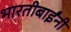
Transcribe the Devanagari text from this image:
भारतीबाईंनी